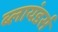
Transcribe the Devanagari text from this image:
ब्लायंडर्स